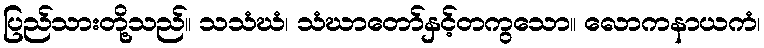
ပြည်သားတို့သည်။ သသံဃံ၊ သံဃာတော်နှင့်တကွသော။ လောကနာယကံ၊